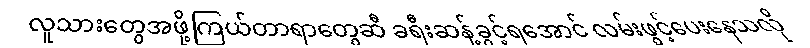
လူသားတွေအဖို့ကြယ်တာရာတွေဆီ ခရီးဆန့်ခွင့်ရအောင် လမ်းဖွင့်ပေးနေသလို